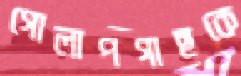
গোলাপগাছকে